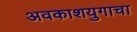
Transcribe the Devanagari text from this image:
अवकाशयुगाचा